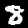
Label: 8